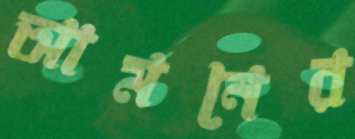
আমনের